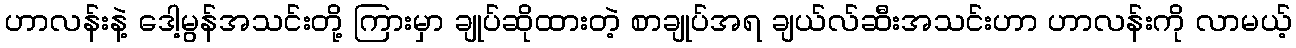
ဟာလန်းနဲ့ ဒေါ့မွန်အသင်းတို့ ကြားမှာ ချုပ်ဆိုထားတဲ့ စာချုပ်အရ ချယ်လ်ဆီးအသင်းဟာ ဟာလန်းကို လာမယ့်